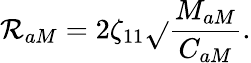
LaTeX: \mathcal{R}_{aM}=2\zeta_{11}\sqrt{}{{\frac{{M_{aM}}}{{C_{aM}}}}}.